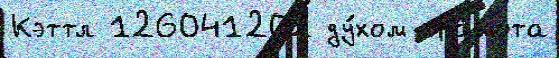
Кэттл 126041202 ду́хом гра́мота